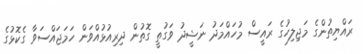
ރައްޔިތުންގެ މަޖިލިހުގެ ރައީސް މުހައްމަދު ނަޝީދު ވަގުތީ ގޮތުން ދިރިއުޅުއްވަން ހަމަޖައްސަވާ ގެކޮޅުގެ